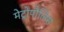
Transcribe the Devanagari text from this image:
मेट्रोपौलिस